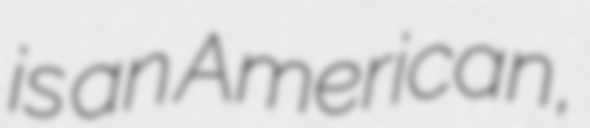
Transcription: is an American,